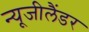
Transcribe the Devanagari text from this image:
न्यूजीलैंडर